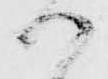
か